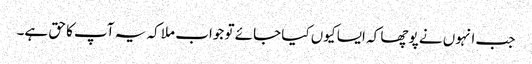
جب انہوں نے پوچھا کہ ایسا کیوں کیا جائے تو جواب ملا کہ یہ آپ کا حق ہے۔